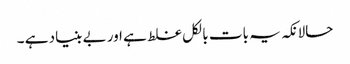
حالانکہ یہ بات بالکل غلط ہے اور بے بنیاد ہے ۔